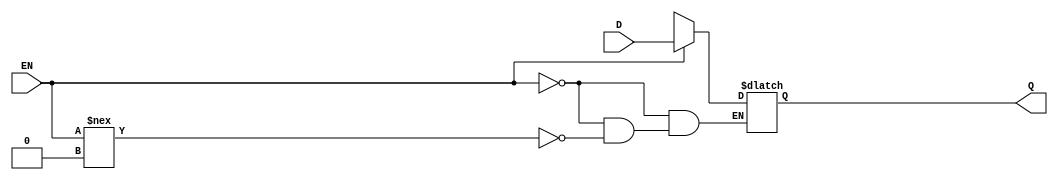
module latch(D,EN,Q);
  parameter N = 32;
  parameter DPFLAG = 1;
  parameter GROUP = "dpath1";
  parameter
        d_D = 0,
        d_EN_r = 0,
        d_EN_f = 0,
        d_Q = 1;
  input [(N - 1):0] D;
  input  EN;
  output [(N - 1):0] Q;
  wire [(N - 1):0] D_temp;
  wire  EN_temp;
  reg [(N - 1):0] Q_temp;
  assign #(d_D) D_temp = D;
  assign #(d_EN_r,d_EN_f) EN_temp = EN;
  assign #(d_Q) Q = Q_temp;
  always
    @(D_temp or EN_temp)
      begin
      if((EN_temp == 1'b1))
        Q_temp = D_temp;
      else      if((EN_temp !== 1'b0))
        Q_temp = 128'bx;
      end
  wire [127:0] D_tcheck = D;
  specify
    specparam
      t_hold_D = 0,
      t_setup_D = 0;
    $hold(negedge EN , D_tcheck , t_hold_D);
    $setup(D_tcheck , negedge EN , t_setup_D);
  endspecify
endmodule